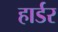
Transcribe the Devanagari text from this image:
हार्डर